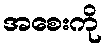
အစေးကို